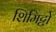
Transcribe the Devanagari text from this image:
शिमिट्टो